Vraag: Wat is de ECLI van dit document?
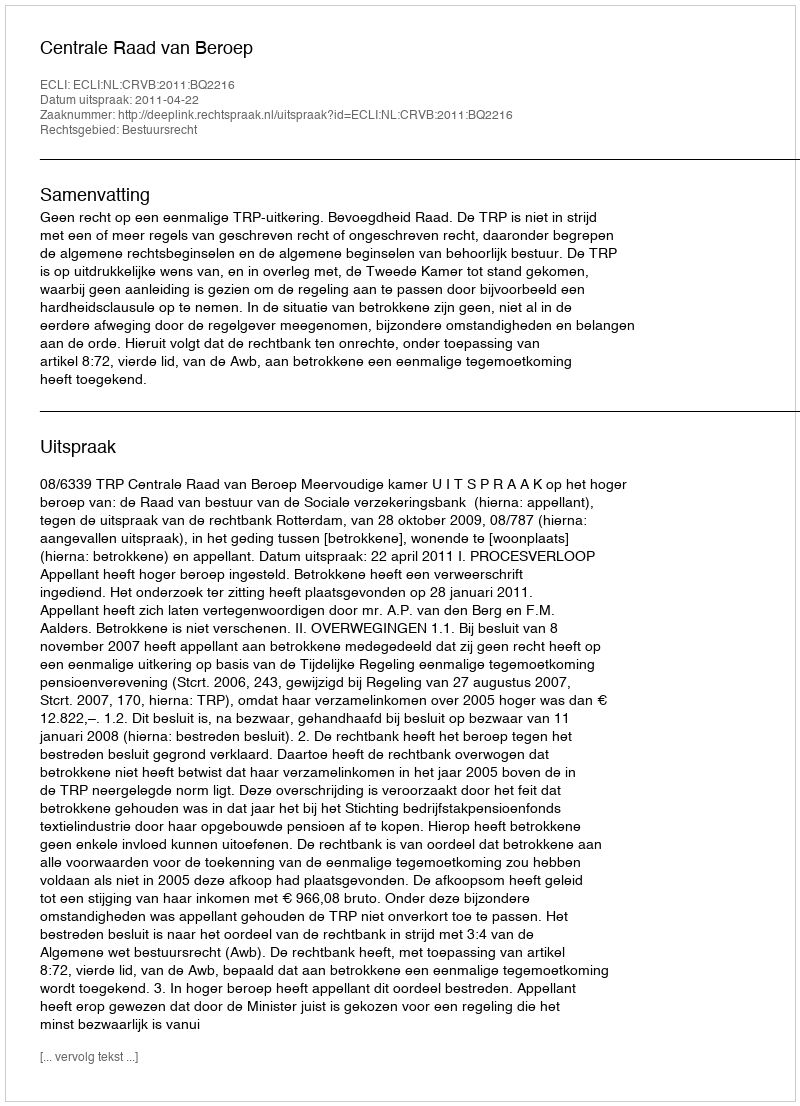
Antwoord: ECLI:NL:CRVB:2011:BQ2216